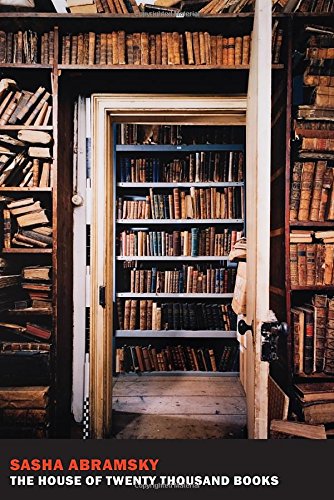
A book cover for The House of Twenty Thousand Books; Sasha Abramsky; Crafts, Hobbies & Home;